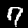
Digit: 7